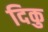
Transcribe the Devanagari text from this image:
दिकु